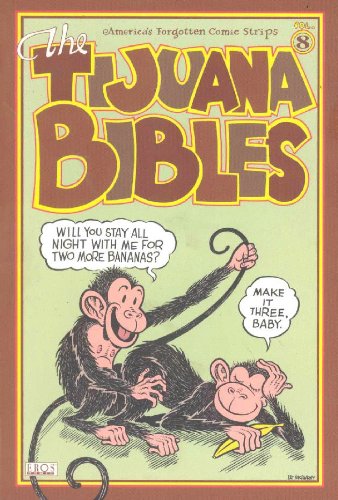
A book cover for Tijuana Bibles Volume 8 (v. 8); Comics & Graphic Novels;